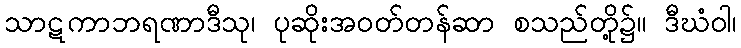
သာဋကာဘရဏာဒီသု၊ ပုဆိုးအဝတ်တန်ဆာ စသည်တို့၌။ ဒီဃံဝါ၊